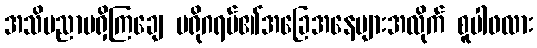
အသိပညာမရှိကြချေ ပရိုဂရမ်၏အခြေအနေများအလိုက် စူပါဖလား